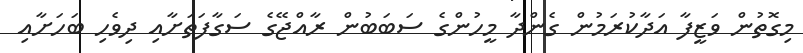
މިގޮތުން ވަޒީފާ އަދާކުރަމުން ގެންދާ މީހުންގެ ސަބަބުން ރާއްޖޭގެ ސަގާފަތަށާއި ދިވެހި ބަހަށާއި